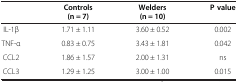
<table><thead><tr><td><b> </b></td><td><b>Controls</b></td><td><b>Welders</b></td><td><b>P value</b></td></tr><tr><td><b> </b></td><td><b>(n = 7)</b></td><td><b>(n = 10)</b></td><td><b> </b></td></tr></thead><tbody><tr><td>IL-1β</td><td>1.71 ± 1.11</td><td>3.60 ± 0.52</td><td>0.002</td></tr><tr><td>TNF-α</td><td>0.83 ± 0.75</td><td>3.43 ± 1.81</td><td>0.042</td></tr><tr><td>CCL2</td><td>1.86 ± 1.57</td><td>2.00 ± 1.31</td><td>ns</td></tr><tr><td>CCL3</td><td>1.29 ± 1.25</td><td>3.00 ± 1.00</td><td>0.015</td></tr></tbody></table>